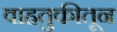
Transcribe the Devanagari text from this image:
वाहतुकीतून